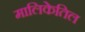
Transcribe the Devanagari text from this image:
मालिकेतिल